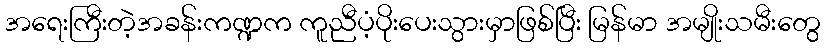
အရေးကြီးတဲ့အခန်းကဏ္ဍက ကူညီပံ့ပိုးပေးသွားမှာဖြစ်ပြီး မြန်မာ အမျိုးသမီးတွေ